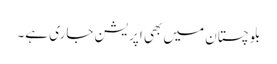
بلوچستان میں بھی اپریشن جاری ہے۔